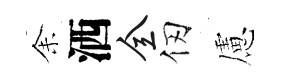
𪜬洒全仞慮